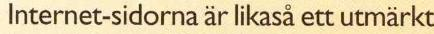
Internet-sidorna är likaså ett utmärkt